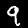
Digit: 9